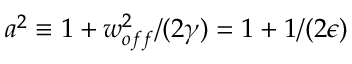
a ^ { 2 } \equiv 1 + w _ { o f f } ^ { 2 } / ( 2 \gamma ) = 1 + 1 / ( 2 \epsilon )